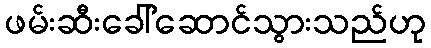
ဖမ်းဆီးခေါ်ဆောင်သွားသည်ဟု